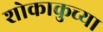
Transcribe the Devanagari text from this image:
शोकाकुच्या